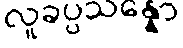
လူခပ္ပသန္နော